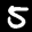
Label: 5